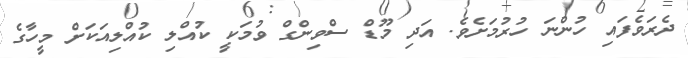
ދެރަވެފައި ހުންނަ ހުރުމަށެވެ. އަދި މޫޑް ސްވިންގް ވުމަކީ ކުއްލި ކުއްލިއަކަށް މީހާގެ